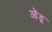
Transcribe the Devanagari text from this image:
ओंडू